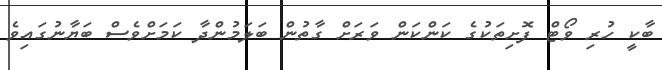
ބާކީ ހުރި ވޯޓް ފޮށިތަކުގެ ކަންކަން ވަރަށް ގާތުން ބަލަމުންދާ ކަމަށްވެސް ބަޔާނުގައިވެ